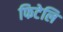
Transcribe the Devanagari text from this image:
फिटेलि